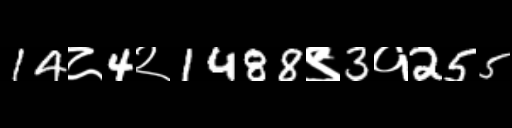
Text: 14८4२1488९3१255